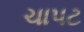
ચાપટ